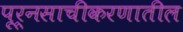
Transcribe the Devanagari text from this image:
पूर्नसाचीकरणातील